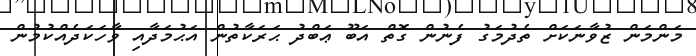
މަންމަން ޒުވާނަކަށް ތެދުމަގު ފެނުން ގޮތް އަބޫ ޢަބްދު ޙަރަކާތުން އަޙުމަދާއި ވާހަކަދެއްކުމުން